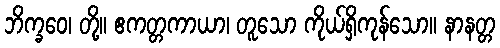
ဘိက္ခဝေ၊ တို့။ ဧကတ္တကာယာ၊ တူသော ကိုယ်ရှိကုန်သော။ နာနတ္တ